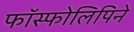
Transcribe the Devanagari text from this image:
फॉस्फोलिपिने